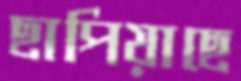
ছাপিয়াছে